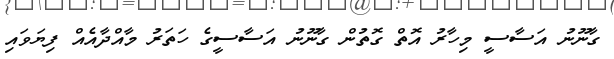
ގާނޫނު އަސާސީ މިހާރު އޮތް ގޮތުން ގާނޫނު އަސާސީގެ ހަތަރު މާއްދާއެއް ފިޔަވައި